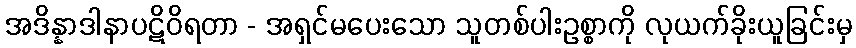
အဒိန္နာဒါနာပဋိဝိရတာ - အရှင်မပေးသော သူတစ်ပါးဥစ္စာကို လုယက်ခိုးယူခြင်းမှ